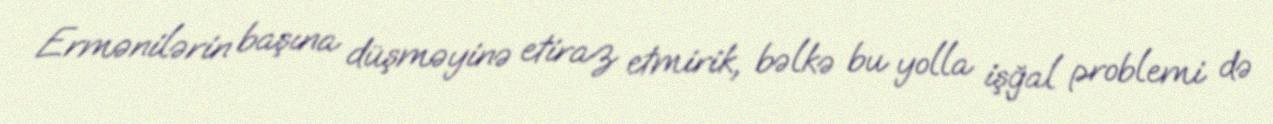
Ermənilərin başına düşməyinə etiraz etmirik, bəlkə bu yolla işğal problemi də